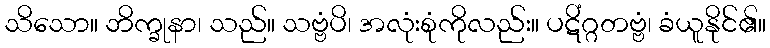
သိသော။ ဘိက္ခုနာ၊ သည်။ သဗ္ဗံပိ၊ အလုံးစုံကိုလည်း။ ပဋိံဂ္ဂတဗ္ဗံ၊ ခံယူနိုင်၏။